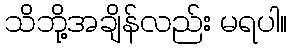
သိဘို့အချိန်လည်း မရပါ။